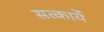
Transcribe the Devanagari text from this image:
सत्कार्ये